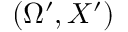
( \Omega ^ { \prime } , X ^ { \prime } )